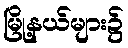
မြို့နယ်များ၌